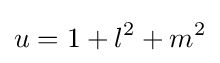
u=1+l^{2}+m^{2}